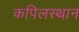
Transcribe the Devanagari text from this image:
कपिलस्थान